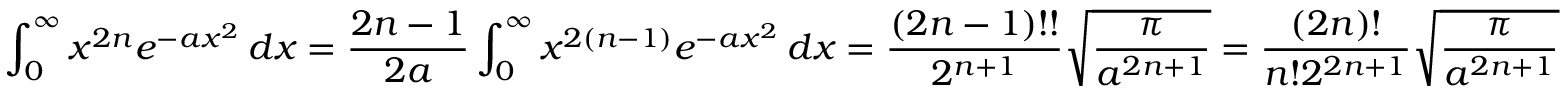
\int _ { 0 } ^ { \infty } x ^ { 2 n } e ^ { - a x ^ { 2 } } \, d x = { \frac { 2 n - 1 } { 2 a } } \int _ { 0 } ^ { \infty } x ^ { 2 ( n - 1 ) } e ^ { - a x ^ { 2 } } \, d x = { \frac { ( 2 n - 1 ) ! ! } { 2 ^ { n + 1 } } } { \sqrt { \frac { \pi } { a ^ { 2 n + 1 } } } } = { \frac { ( 2 n ) ! } { n ! 2 ^ { 2 n + 1 } } } { \sqrt { \frac { \pi } { a ^ { 2 n + 1 } } } }